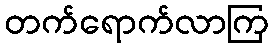
တက်ရောက်လာကြ